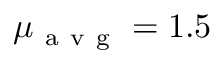
\mu _ { \mathrm { ~ a ~ v ~ g ~ } } = 1 . 5